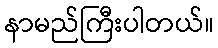
နာမည်ကြီးပါတယ်။